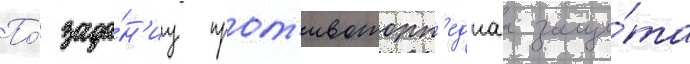
По́ зада́н'иу прот'ивоторп'еднаа защи́та